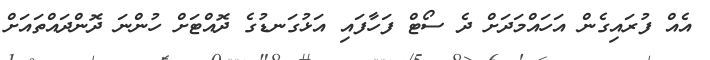
އެއް ފުރައިގެން އަހައްމަދަށް ދެ ސޯޓް ފަހާފައި އަޅުގަނޑުގެ ދޮއްޓަށް ހުންނަ ދޮންދައްތައަށް